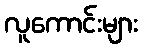
လူကောင်းများ